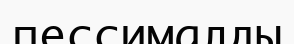
пессималды